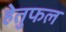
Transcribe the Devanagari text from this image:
हेतुफल